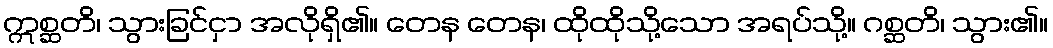
ဣစ္ဆတိ၊ သွားခြင်ငှာ အလိုရှိ၏။ တေန တေန၊ ထိုထိုသို့သော အရပ်သို့။ ဂစ္ဆတိ၊ သွား၏။